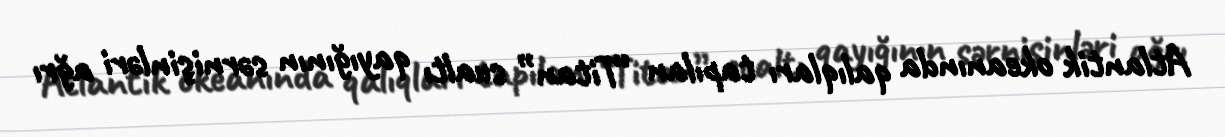
Atlantik okeanında qalıqları tapılan “Titan” sualtı qayığının sərnişinləri ağrı